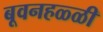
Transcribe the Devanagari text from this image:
बूवनहळ्ळी